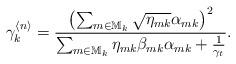
LaTeX: \begin{align*} \gamma_{k}^{\langle n\rangle}= \frac{ \left(\sum_{m\in \mathbb{M}_k} \sqrt{\eta_{mk}} \alpha_{mk} \right)^2} { \sum_{m\in \mathbb{M}_k} \eta_{mk} \beta_{mk} \alpha_{mk} +\frac{1}{\gamma_t}}.\end{align*}